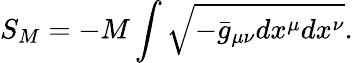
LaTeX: S_{M}=-M\int\sqrt{-{\bar{g}}_{\mu\nu}dx^{\mu}dx^{\nu}}.